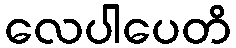
လေပါပေတိ